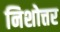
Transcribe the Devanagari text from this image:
निशोत्तर